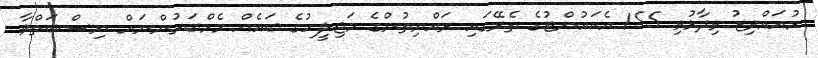
މުއައްވިޒު ވިދާޅުވި 155 އެކައުންޓުގެ ތެރޭގައި ރައްޔިތުންގެ މަޖިލީހުގެ ބައެއް މެމްބަރުންނަށް ނިސްބަތްވާ